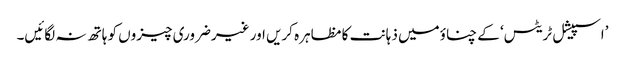
’اسپیشل ٹریٹس‘ کے چناؤمیں ذہانت کا مظاہرہ کریں اور غیرضروری چیزوں کو ہاتھ نہ لگائیں۔